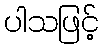
ပါသဖြင့်